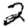
Digit: 2